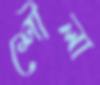
শৌলা